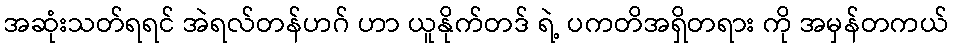
အဆုံးသတ်ရရင် အဲရလ်တန်ဟဂ် ဟာ ယူနိုက်တဒ် ရဲ့ ပကတိအရှိတရား ကို အမှန်တကယ်